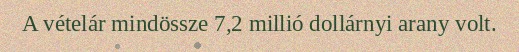
A vételár mindössze 7,2 millió dollárnyi arany volt.